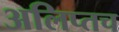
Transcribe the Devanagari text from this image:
अलिप्तच